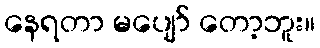
နေရတာ မပျော် တော့ဘူး။